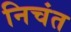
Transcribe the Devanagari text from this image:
निचंत